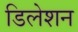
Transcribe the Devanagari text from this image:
डिलेशन